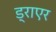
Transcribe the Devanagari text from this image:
ड्राएर